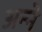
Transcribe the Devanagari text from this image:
अन्‍ने